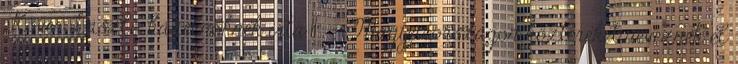
Kövér László házelnöknek írta 11 – "Magyarországon köztereket neveznek el